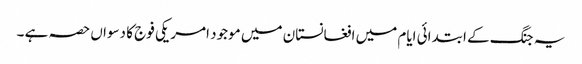
یہ جنگ کے ابتدائی ایام میں افغانستان میں موجود امریکی فوج کا دسواں حصہ ہے ۔